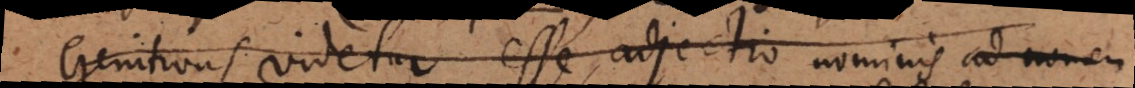
Genitivus videtur esse, adjectio nominis ad nomen